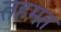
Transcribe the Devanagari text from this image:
तहमत